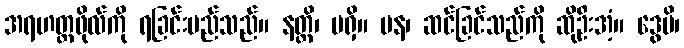
အရဟတ္တဖိုလ်ကို ရခြင်းမည်သည်။ နတ္ထိ၊ မရှိ။ ပန၊ ဆင်ခြင်သည်ကို ဆိုဦးအံ့။ ဒွေပိ၊